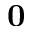
\bf 0